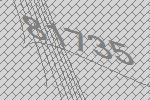
81735